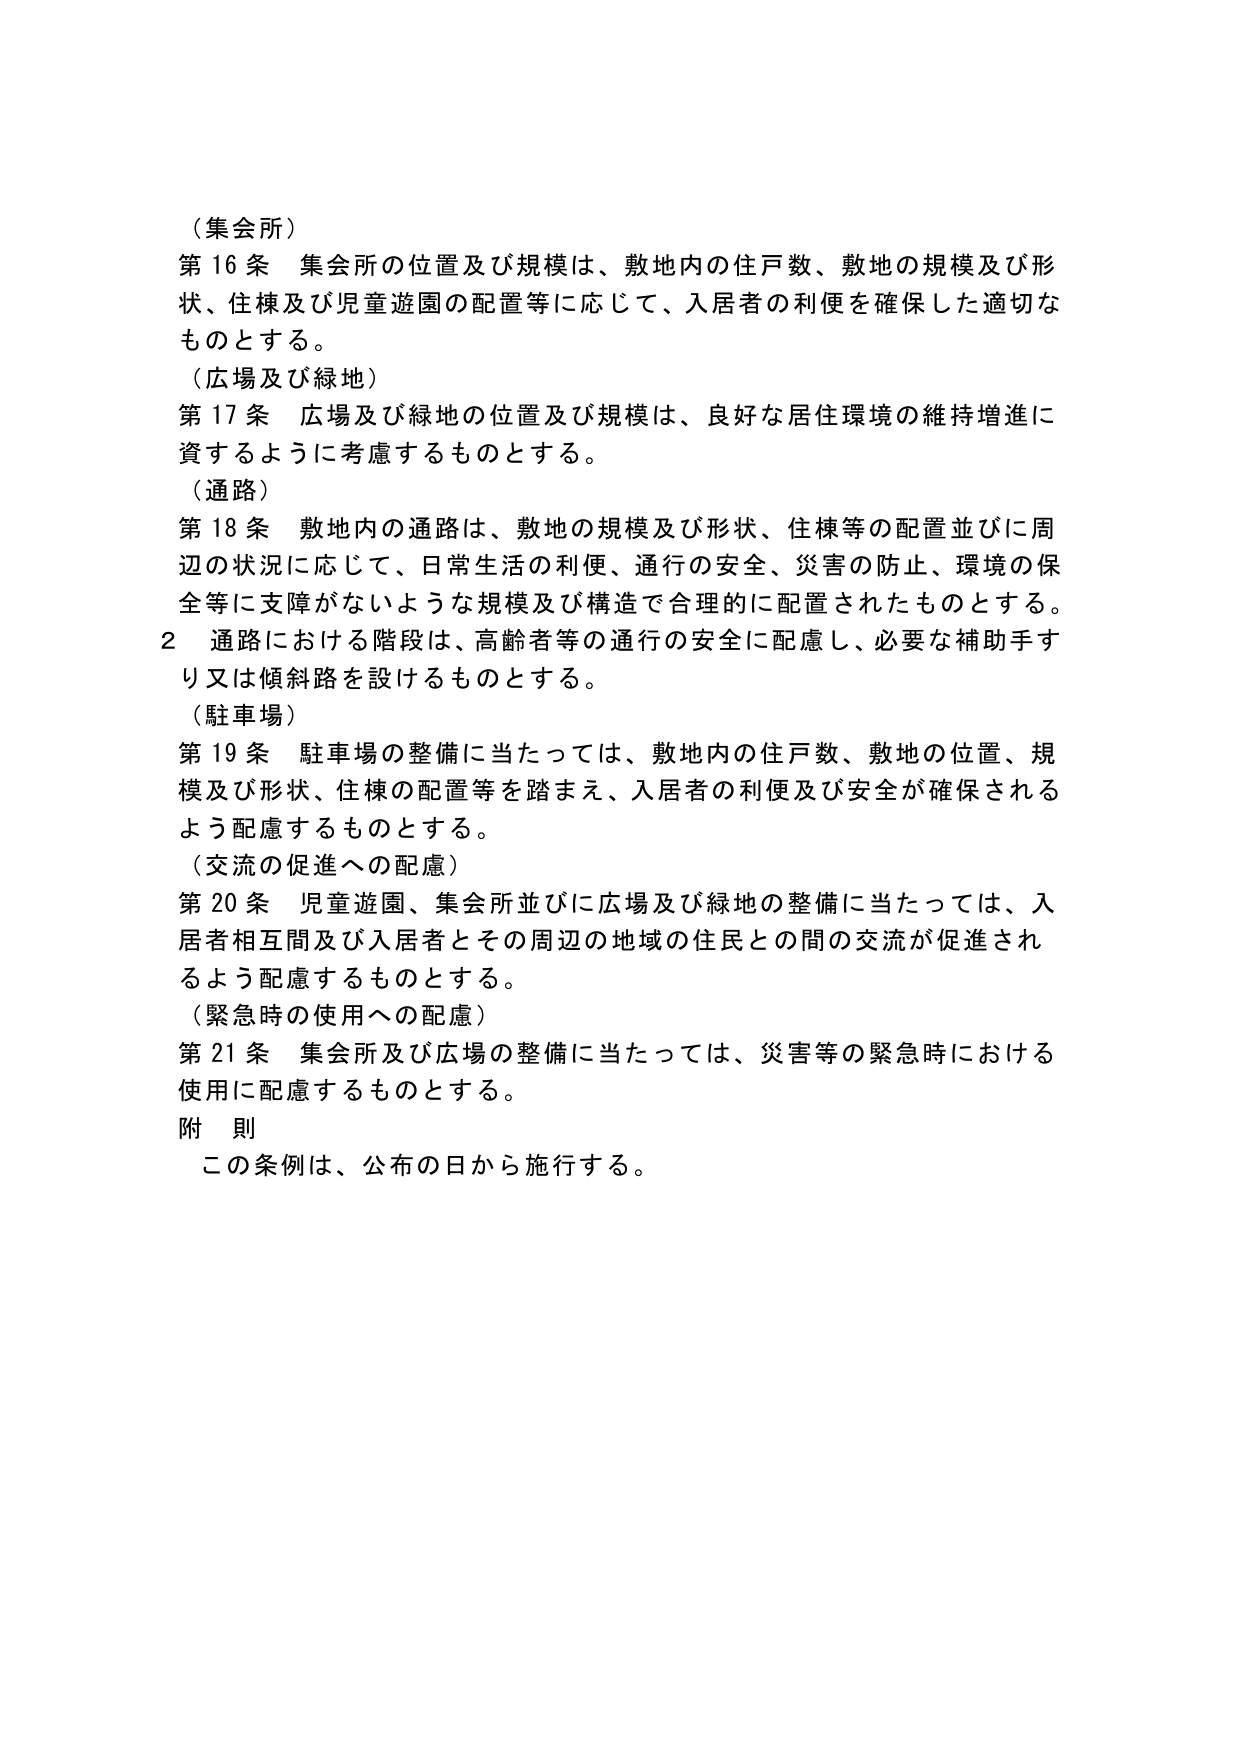
（集会所）
第16条 集会所の位置及び規模は、敷地内の住戸数、敷地の規模及び形状、住棟及び児童遊園の配置等に応じて、入居者の利便を確保した適切なものとする。
（広場及び緑地）
第17条 広場及び緑地の位置及び規模は、良好な居住環境の維持増進に資するように考慮するものとする。
（通路）
第18条 敷地内の通路は、敷地の規模及び形状、住棟等の配置並びに周辺の状況に応じて、日常生活の利便、通行の安全、災害の防止、環境の保全等に支障がないような規模及び構造で合理的に配置されたものとする。
2 通路における階段は、高齢者等の通行の安全に配慮し、必要な補助手すり又は傾斜路を設けるものとする。
（駐車場）
第19条 駐車場の整備に当たっては、敷地内の住戸数、敷地の位置、規模及び形状、住棟の配置等を踏まえ、入居者の利便及び安全が確保されるよう配慮するものとする。
（交流の促進への配慮）
第20条 児童遊園、集会所並びに広場及び緑地の整備に当たっては、入居者相互間及び入居者とその周辺の地域の住民との間の交流が促進されるよう配慮するものとする。
（緊急時の使用への配慮）
第21条 集会所及び広場の整備に当たっては、災害等の緊急時における使用に配慮するものとする。
附則
この条例は、公布の日から施行する。